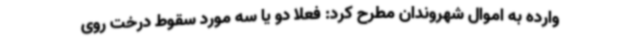
وارده به اموال شهروندان مطرح کرد: فعلاً دو یا سه مورد سقوط درخت روی